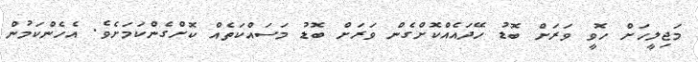
މަޖިލީހަށް ހޮވީ ވަރަށް ބޮޑު ހޭދައެއްކޮށްގެން ވަރަށް ބޮޑު މަސައްކަތެއް ކޮށްގެންކަމަށެވެ. އެހެންކަމުން